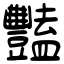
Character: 豔